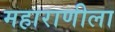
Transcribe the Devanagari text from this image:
महाराणीला